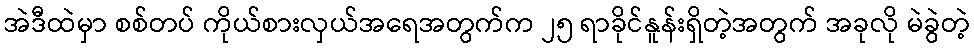
အဲဒီထဲမှာ စစ်တပ် ကိုယ်စားလှယ်အရေအတွက်က ၂၅ ရာခိုင်နူန်းရှိတဲ့အတွက် အခုလို မဲခွဲတဲ့